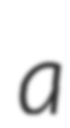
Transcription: a